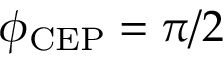
\phi _ { \mathrm { C E P } } = \pi / 2